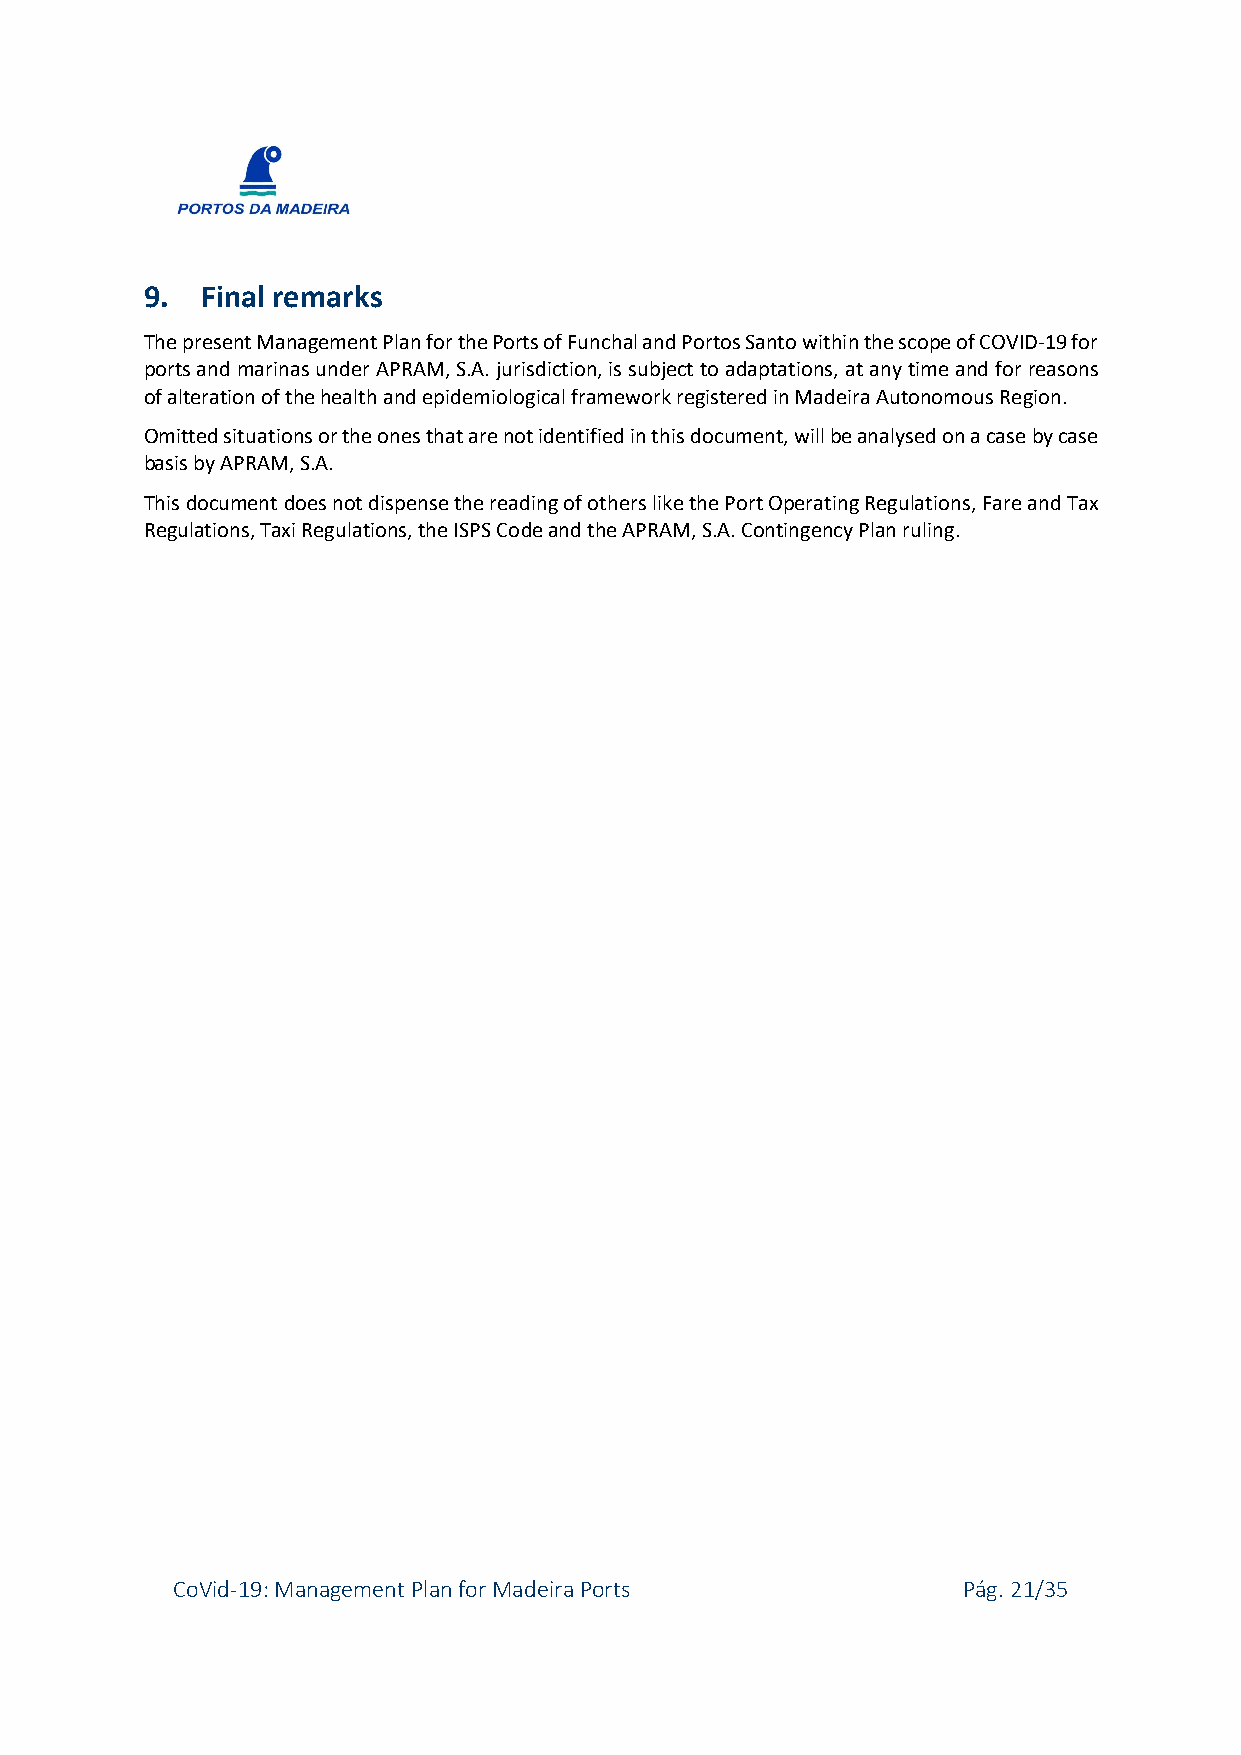
9. Final remarks
 The present Management Plan for the Ports of Funchal and Portos Santo within the scope of COVID-19 for
 ports and marinas under APRAM, S.A. jurisdiction, is subject to adaptations, at any time and for reasons
 of alteration of the health and epidemiological framework registered in Madeira Autonomous Region.
 Omitted situations or the ones that are not identified in this document, will be analysed on a case by case
 basis by APRAM, S.A.
 This document does not dispense the reading of others like the Port Operating Regulations, Fare and Tax
 Regulations, Taxi Regulations, the ISPS Code and the APRAM, S.A. Contingency Plan ruling.
 CoVid-19: Management Plan for Madeira Ports          Pág. 21/35